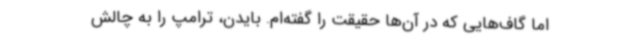
اما گاف‌هایی که در آن‌ها حقیقت را گفته‌ام. بایدن، ترامپ را به چالش